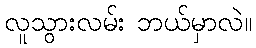
လူသွားလမ်း ဘယ်မှာလဲ။